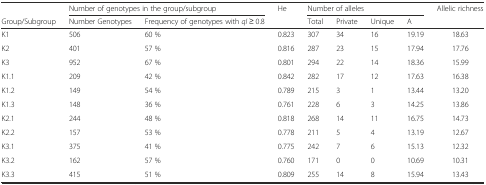
|  | <COLSPAN=2> Number of genotypes in the group/subgroup | <ROWSPAN=2> He | <COLSPAN=4> Number of alleles | <ROWSPAN=2> Allelic richness |
 | Group/Subgroup | Number Genotypes | Frequency of genotypes with qI ≥ 0.8 | Total | Private | Unique | A |
 | --- | --- | --- | --- | --- | --- | --- | --- | --- |
 | K1 | 506 | 60 % | 0.823 | 307 | 34 | 16 | 19.19 | 18.63 |
 | K2 | 401 | 57 % | 0.816 | 287 | 23 | 15 | 17.94 | 17.76 |
 | K3 | 952 | 67 % | 0.801 | 294 | 22 | 14 | 18.36 | 15.99 |
 | K1.1 | 209 | 42 % | 0.842 | 282 | 17 | 12 | 17.63 | 16.38 |
 | K1.2 | 149 | 54 % | 0.789 | 215 | 3 | 1 | 13.44 | 13.20 |
 | K1.3 | 148 | 36 % | 0.761 | 228 | 6 | 3 | 14.25 | 13.86 |
 | K2.1 | 244 | 48 % | 0.818 | 268 | 14 | 11 | 16.75 | 14.73 |
 | K2.2 | 157 | 53 % | 0.778 | 211 | 5 | 4 | 13.19 | 12.67 |
 | K3.1 | 375 | 41 % | 0.775 | 242 | 7 | 6 | 15.13 | 12.32 |
 | K3.2 | 162 | 57 % | 0.760 | 171 | 0 | 0 | 10.69 | 10.31 |
 | K3.3 | 415 | 51 % | 0.809 | 255 | 14 | 8 | 15.94 | 13.43 |